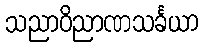
သညာဝိညာဏသင်္ခယာ